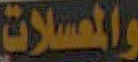
والمعسلات